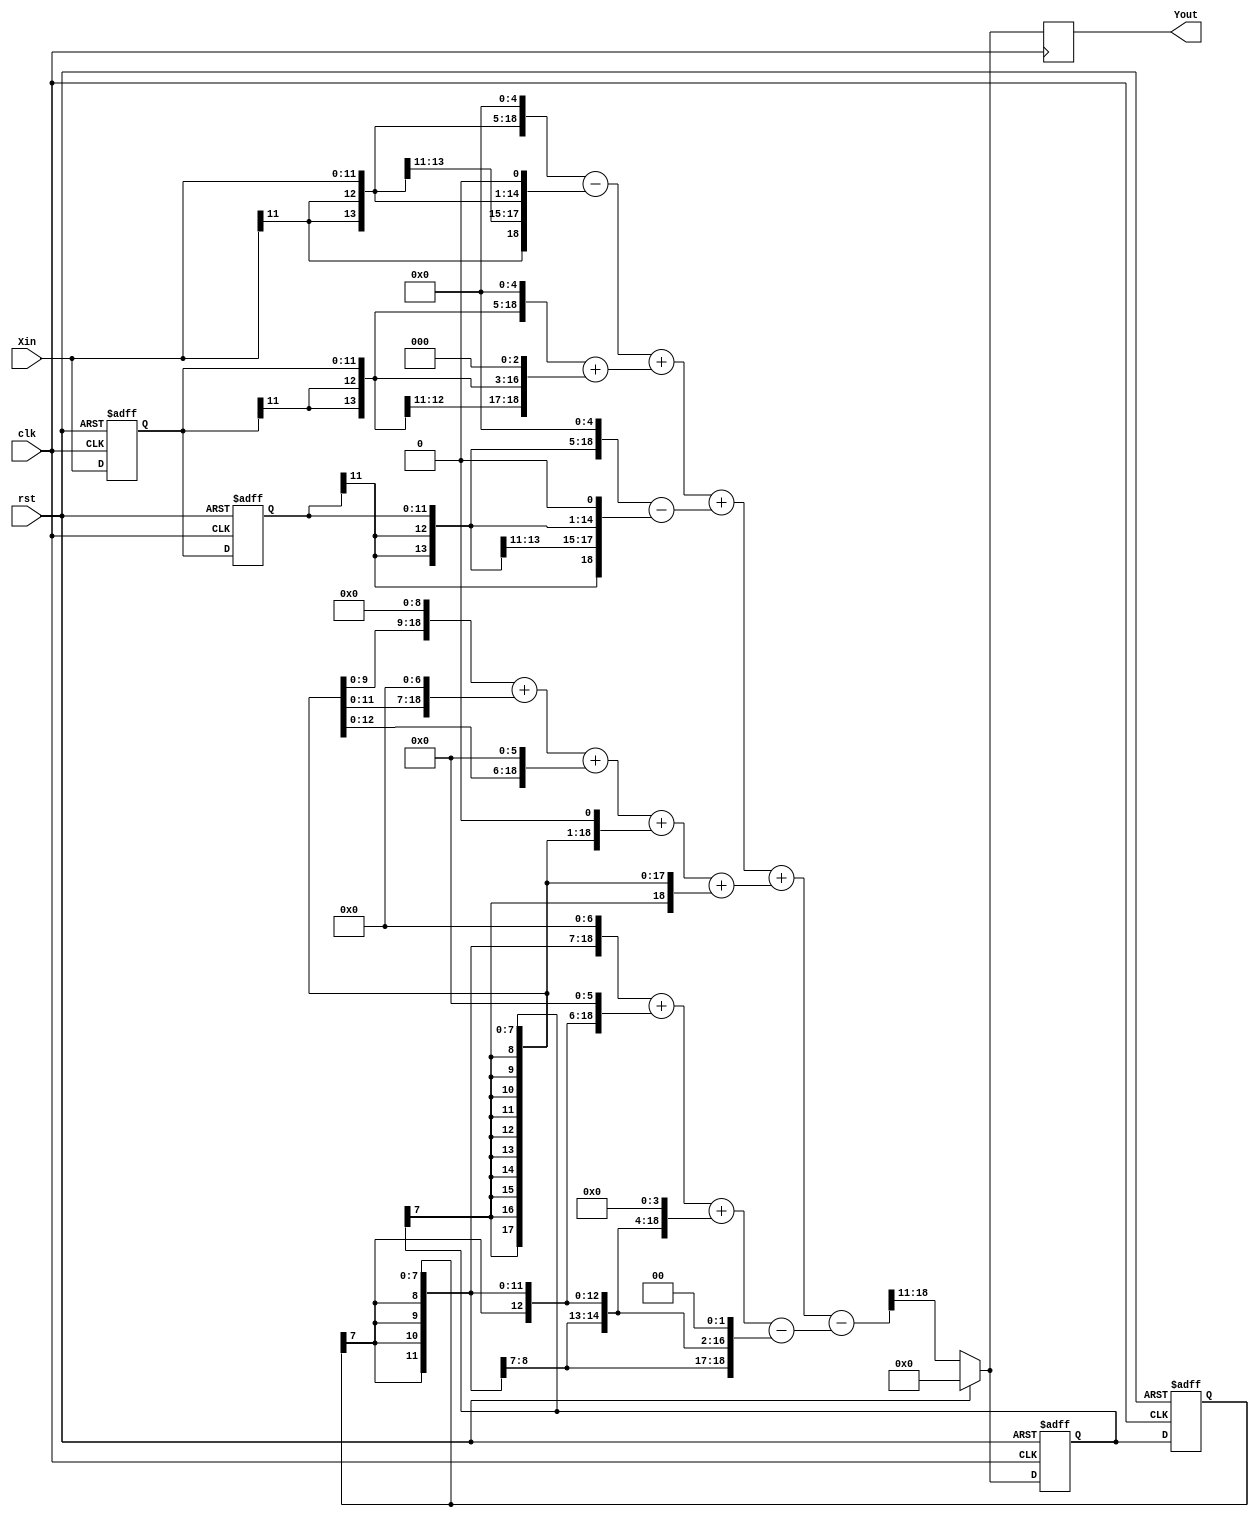
//FirstTap.v
module FirstTap (
	rst,clk,Xin,
	Yout);
	
	input		rst;   //
	input		clk;   //FPGA2kHz
	input	 signed [11:0]	Xin;  //2kHZ
	output signed [7:0]	Yout; //
	
	///////////////////////////
	//
	reg signed[11:0] Xin1,Xin2;
	always @(posedge clk or posedge rst)
		if (rst)
			//0
			begin
				Xin1 <= 12'd0;
				Xin2 <= 12'd0;
		   end	
		else
		   begin
				Xin1 <= Xin;
				Xin2 <= Xin1;
			end
			
   //
	wire signed [23:0] XMult0,XMult1,XMult2;
	assign XMult0 = {{7{Xin[11]}},Xin,5'd0}-{{11{Xin[11]}},Xin,1'd0};      //*30
	assign XMult1 = {{7{Xin1[11]}},Xin1,5'd0}+{{9{Xin1[11]}},Xin1,3'd0};   //*40
	assign XMult2 = {{7{Xin2[11]}},Xin2,5'd0}-{{11{Xin2[11]}},Xin2,1'd0};  //*30
 
	//
	wire signed [23:0] Xout;
	assign Xout = XMult0 + XMult1 + XMult2;
	
	
	/////////////////////////
	wire signed[7:0] Yin;
	reg signed[7:0] Yin1,Yin2;
	always @(posedge clk or posedge rst)
		if (rst)
			//0
			begin
				Yin1 <= 9'd0;
				Yin2 <= 9'd0;
			end
		else
		   begin
				Yin1 <= Yin;
				Yin2 <= Yin1;
			end
			
	//
	wire signed [23:0] YMult1,YMult2;
	wire signed [23:0] Ysum,Ydiv;
	assign YMult1 = {{7{Yin1[7]}},Yin1,9'd0}+{{9{Yin1[7]}},Yin1,7'd0}+{{10{Yin1[7]}},Yin1,6'd0}+
	                {{15{Yin1[7]}},Yin1,1'd0}+{{16{Yin1[7]}},Yin1};  //*707
	assign YMult2 = {{9{Yin2[7]}},Yin2,7'd0}+{{10{Yin2[7]}},Yin2,6'd0}+{{12{Yin2[7]}},Yin2,4'd0}-
	                {{14{Yin2[7]}},Yin2,2'd0};  //*212


	//IIR///////////////////////////
	assign Ysum = Xout+YMult1-YMult2;	
	assign Ydiv = {{11{Ysum[23]}},Ysum[23:11]};//2048
	//9
   assign Yin = (rst ? 8'd0 : Ydiv[7:0]);
	//
	reg signed [7:0] Yout_reg ;
	always @(posedge clk)
		Yout_reg <= Yin;
	assign Yout = Yout_reg;
	
endmodule